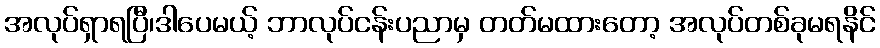
အလုပ်ရှာရပြီ၊ဒါပေမယ့် ဘာလုပ်ငန်းပညာမှ တတ်မထားတော့ အလုပ်တစ်ခုမရနိင်